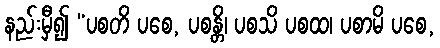
နည်းမှီ၍ “ပစတိ ပစေ, ပစန္တိ၊ ပစသိ ပစထ၊ ပစာမိ ပစေ,